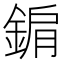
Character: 𨨔